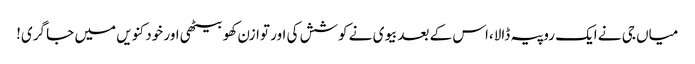
میاں جی نے ایک روپیہ ڈالا،اس کے بعدبیوی نے کوشش کی اور توازن کھو بیٹھی اور خود کنویں میں جا گری!